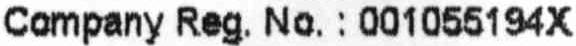
COMPANY REG. NO. : 001055194X